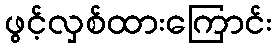
ဖွင့်လှစ်ထားကြောင်း